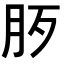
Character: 𣧚